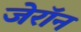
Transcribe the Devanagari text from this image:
जेरॉन